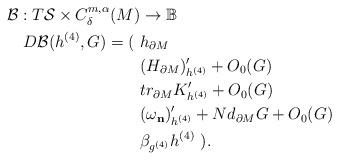
LaTeX: \begin{align*}\mathcal B:T\mathcal S\times C^{m,\alpha}_{\delta}(M)&\rightarrow \mathbb B\\D\mathcal B(h^{(4)},G)= (~&h_{\partial M}\\&(H_{\partial M})'_{h^{(4)}}+O_0(G)\\&tr_{\partial M}K'_{h^{(4)}}+O_0(G)\\&(\omega_{\mathbf n})'_{h^{(4)}}+Nd_{\partial M}G+O_0(G)\\&\beta_{ g^{(4)}}h^{(4)}~).\end{align*}